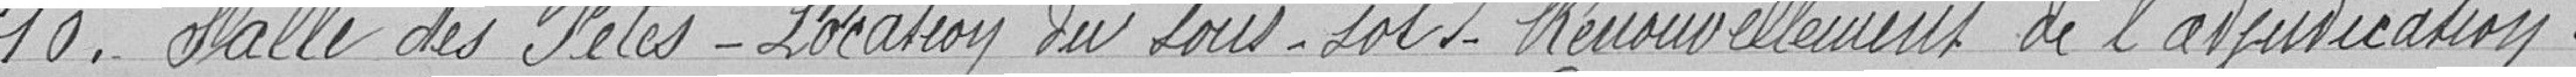
10. - Salle des fêtes - Locations du sous-sol - Renouvellement de l'adjudication.